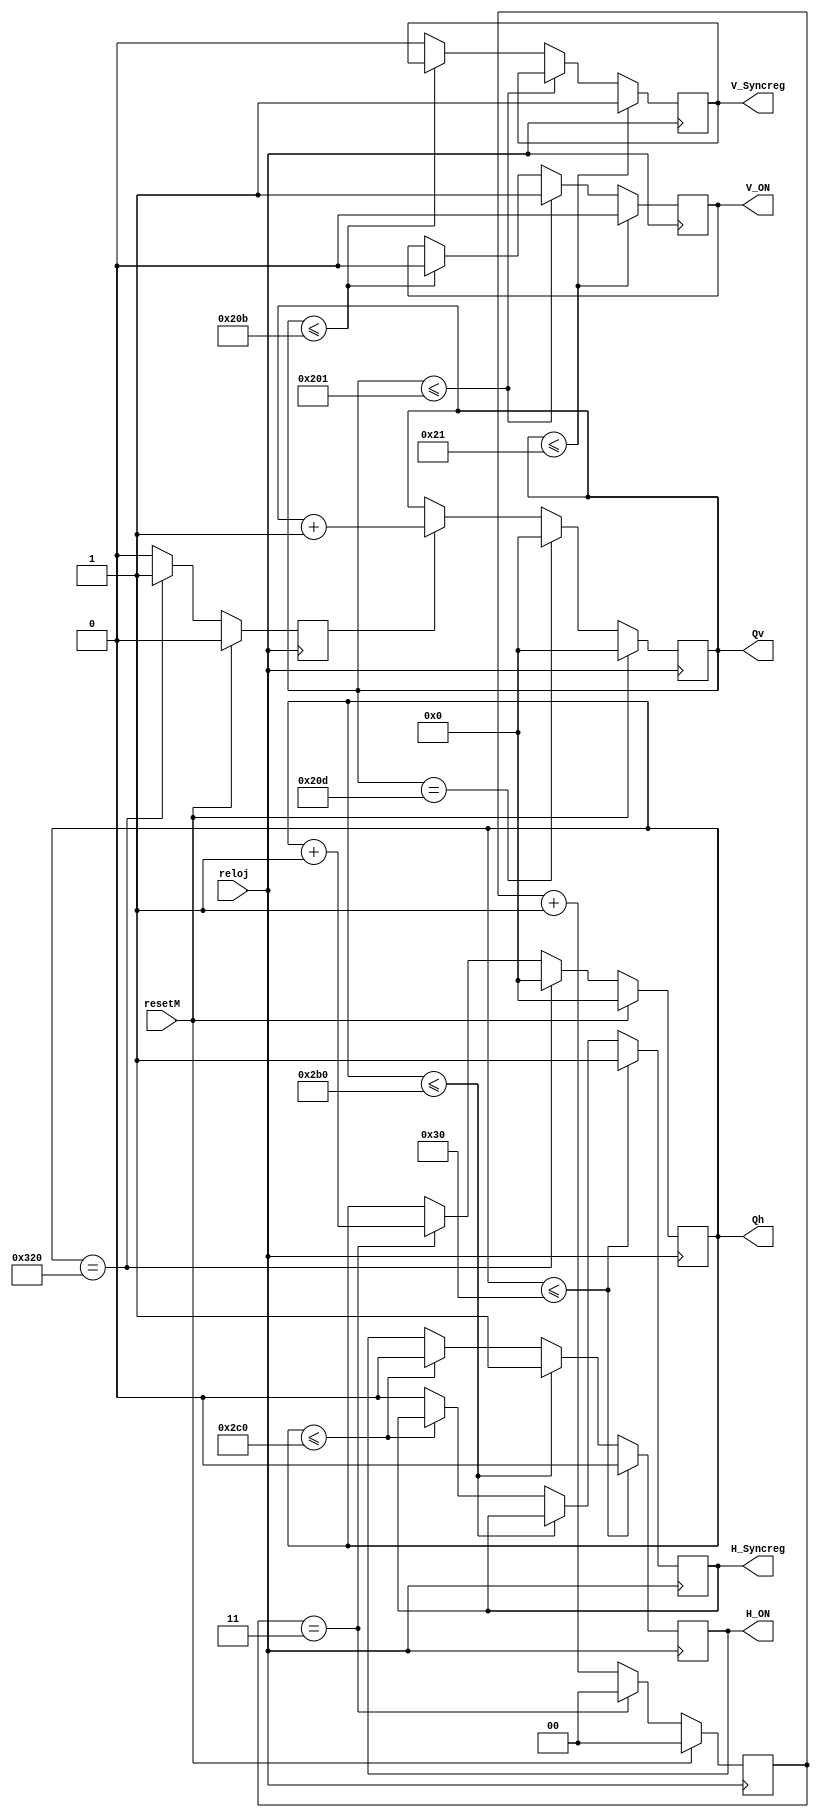
`timescale 1ns / 1ps

module counter(
    output wire [9:0] Qh,
    output wire [9:0] Qv,
    output reg H_Syncreg,
    output reg V_Syncreg,
    /*output wire H_Sync,
    output wire V_Sync,*/
    output wire V_ON,
    output wire H_ON,
    input resetM,
    input reloj
    /*output H_Sync2,
    output V_Sync2*/
    );
  
 

reg [9:0] Qhreg=10'b0000000000;
reg [9:0] Qvreg=10'b0000000000;

reg[1:0] enableH = 2'b00;
reg enableV;

/*reg H_Syncreg;
reg V_Syncreg;*/

reg H_ONreg;
reg V_ONreg;
   

//Contador divisor de frecuencia
      always @(posedge reloj)
      begin
      
         if (resetM)
            enableH <= 2'b00;
            
         else if (enableH == 2'b11)
            enableH <= 2'b00;
         
         else
            enableH <= enableH + 2'b01;
            
       end 
            
            
 //Contador pixeles (H)
        always @(posedge reloj)
                    
        begin
       
        enableV <= 1'b0;
                    
            if (resetM)
               Qhreg = 10'b0000000000;
                               
            else if (Qh == 10'd800)
            
            begin
                                 
               Qhreg = 10'b0000000000;   
               enableV <= 1'b1;  
                                 
             end
                               
                else if (enableH == 2'b11)
                Qhreg =  Qhreg + 10'b0000000001;
   
             end
                   
  
 //Contador lineas (V)
          always @(posedge reloj)
                                 
           begin
                          
             if (resetM)
                 Qvreg <= 10'b000000000;
                                            
             else if (Qvreg == 10'd525)          
                 Qvreg <= 10'b0000000000;   

                                            
             else if (enableV == 1'b1)
                 Qvreg <= Qvreg + 10'b0000000001;
                             
           end       

 
 // Horizontal Sync
    always @(posedge reloj)
    
    begin
      
       if (Qhreg <= 6'd48)
         begin
           H_ONreg <= 1'b0;
           H_Syncreg <= 1'b1;
         end
       
       else if (Qhreg <= 10'd688)
         H_ONreg <= 1'b1;
         
       else if (Qhreg <= 10'd704)
         H_ONreg <= 1'b0;
       
       else 
         H_Syncreg <= 1'b0;  
          
     end
     
  
  //Vertical Sync
        always @(posedge reloj)
        
        begin
          
           if (Qvreg <= 6'd33)
             begin
               V_ONreg <= 1'b0;
               V_Syncreg <= 1'b1;
             end
           
           else if (Qvreg <= 10'd513)
             V_ONreg <= 1'b1;
             
           else if (Qvreg <= 10'd523)
             V_ONreg <= 1'b0;
           
           else 
             V_Syncreg <= 1'b0;
             
         end

 assign Qh = Qhreg;
 assign Qv = Qvreg;
 //assign H_Sync = H_Syncreg;
 //assign V_Sync = V_Syncreg; 
 assign H_ON = H_ONreg;
 assign V_ON = V_ONreg;


endmodule